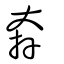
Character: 奔